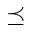
\preceq